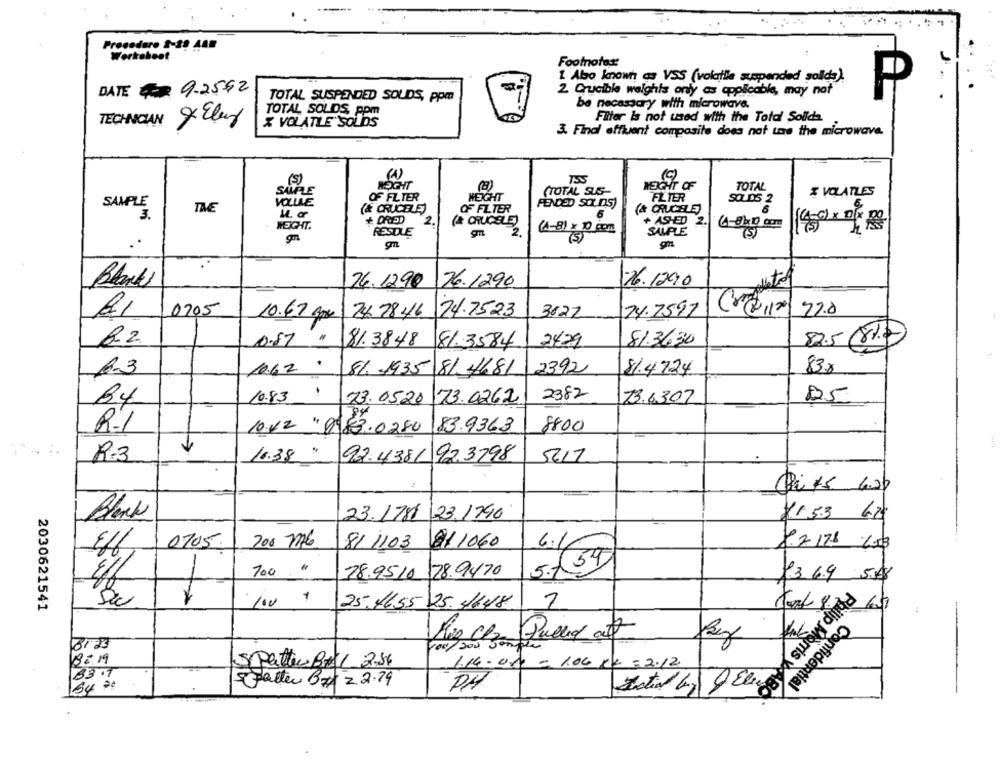
Procedure 2-39 A48
Worksheet
Footnotes:
1 Abo known as VSS (volatile suspended sollds).
DATE #9-2562
2 Crucible weights only as applicable, may not
TOTAL SUSPENDED SOLIDS, ppm
be necessary with microwave.
TOTAL SOLIDS, ppm
TECHNICIAN 9 Eler
X VOLATILE SOLIDS
Filter is not used with the Total Solids.
3. Final affluent composite does not use the microwave.
(1)
10)
(S)
7555
WEIGHT OF
SAMPLE
(TOTAL SUS-
TOTAL
& VOLATLES
OF FLTER
HEIGHT
FILTER
SQLDS 2
SAMPLE
TAE
VOLLLE
(& CRUCELE)
FENDED SOLIDS)
OF FILTER
3.
(& CRUCELE)
+ ASHED
WEIGHT.
(A-8) x 10 com
RESTLE
2.
(5)
SAMPLE
..
26.12.90
76.1290
26.1290
0205
24 7846
24.7523
3122
74.7597
10.67 gm
0.87 "
81. 3848
81.3584
2429
81.3630
82.5 (81)
10.62 .
86 1935 81. 4681
2392
81.4724
83%
10.83 1
2382
25
B4
73.05.20
73.0262
73.6307
R-1
10.12. 8983.0280
83.9363
8800
R-3
16.38 "
92.4381
92.3798
5217
23.1781 23.1740
$153 6.20
-
0705.
200 776
211060
8/ 1103
6.4
8.7 178 6.3
700 ."
78.9510 78.9470
3 6.9 5.0
4/6
2030621541
100 1
25.465525. 1648
8123
Spatter Bral 2.56
1.14.000 = 1.06 r$ = 2.12
83.7
Confidential
paller Bz 22.79
PH
Philip Morris WABO